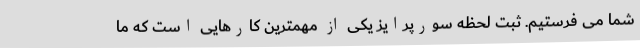
شما می فرستیم. ثبت لحظه سورپرایز یکی از مهمترین کارهایی است که ما